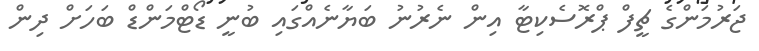
ޖަރުމަންގެ ޗީފް ޕްރޮސެކިޓާ އިން ނެރުނު ބަޔާނެއްގައި ބުނީ ޑޯޓްމަންޑް ބަހަށް ދިން